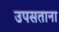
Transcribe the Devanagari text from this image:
उपसताना